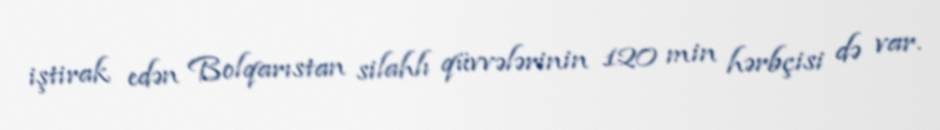
iştirak edən Bolqarıstan silahlı qüvvələrinin 120 min hərbçisi də var.